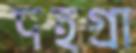
দহগ্রা